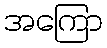
အကြော